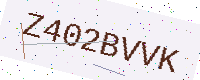
Text: Z402BVVK